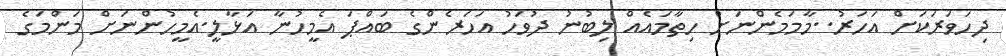
ދިހަވަރަކަށް އަހަރު..މާމަމެންނަށް ހިތާމައެއް ލިބުނު ދުވަހު އަހަރެންގެ ބައްޕަ އެމީހުނާ އަޅާލީ.އެމީހުންނަށް މަންމަގެ